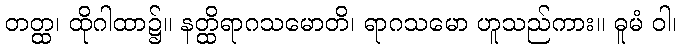
တတ္ထ၊ ထိုဂါထာ၌။ နတ္ထိရာဂသမောတိ၊ ရာဂသမော ဟူသည်ကား။ ဓူမံ ဝါ၊